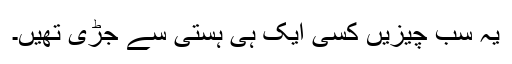
یہ سب چیزیں کسی ایک ہی ہستی سے جڑی تھیں۔